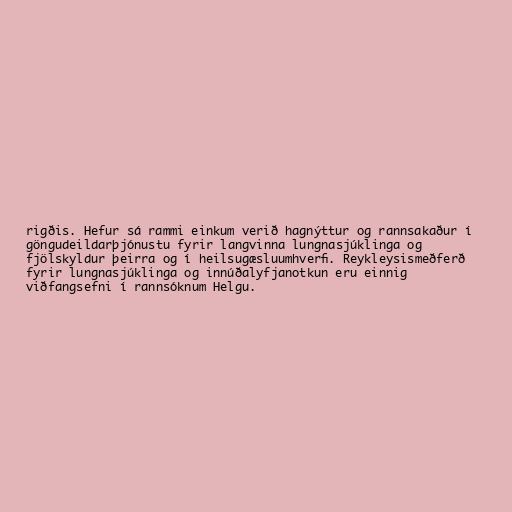
rigðis. Hefur sá rammi einkum verið hagnýttur og rannsakaður í
göngudeildarþjónustu fyrir langvinna lungnasjúklinga og
fjölskyldur þeirra og í heilsugæsluumhverfi. Reykleysismeðferð
fyrir lungnasjúklinga og innúðalyfjanotkun eru einnig
viðfangsefni í rannsóknum Helgu.